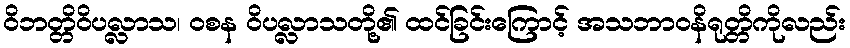
ဝိဘတ္တိဝိပလ္လာသ၊ ဝစန ဝိပလ္လာသတို့၏ ထင်ခြင်းကြောင့် အသဘာဝနိရုတ္တိကိုလည်း